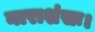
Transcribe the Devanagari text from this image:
नाराशंसः।